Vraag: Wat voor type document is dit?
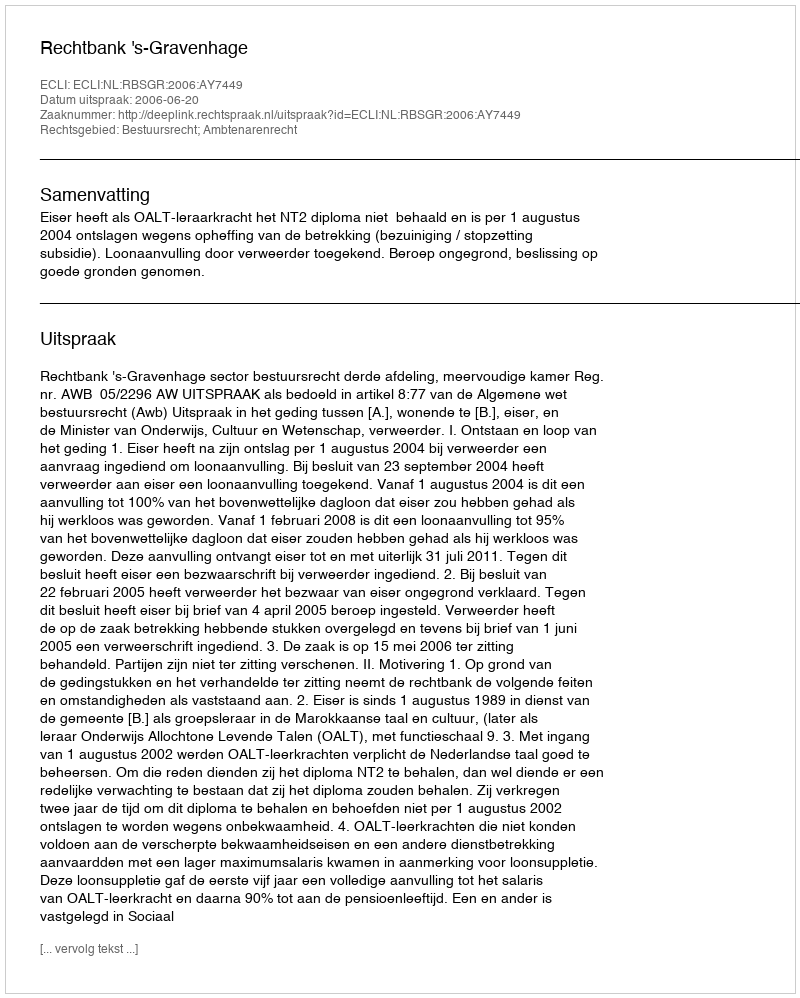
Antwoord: Uitspraak